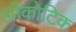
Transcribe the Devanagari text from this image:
ओंकोटिक